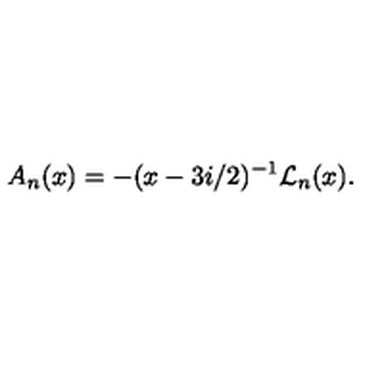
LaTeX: A _ { n } ( x ) = - ( x - 3 i / 2 ) ^ { - 1 } { \cal L } _ { n } ( x ) .